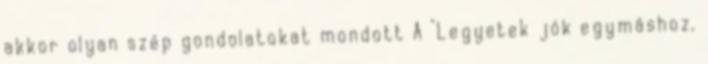
akkor olyan szép gondolatokat mondott A "Legyetek jók egymáshoz,